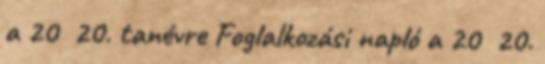
a 20 20. tanévre Foglalkozási napló a 20 20.